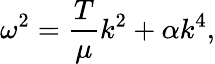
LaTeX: \omega^{2}={\frac{T}{\mu}}k^{2}+\alpha k^{4},